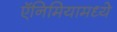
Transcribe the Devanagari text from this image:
ऍनिमियामध्ये